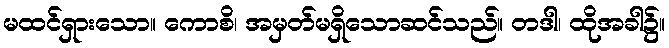
မထင်ရှားသော။ ကောစိ၊ အမှတ်မရှိသောဆင်သည်။ တဒါ၊ ထိုအခါ၌။